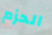
الحزم